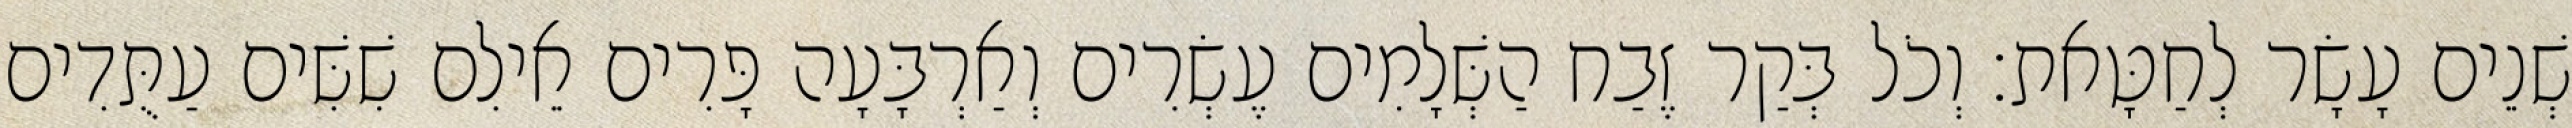
שְׁנֵים עָשָׂר לְחַטָּאת׃ וְכֹל בְּקַר זֶבַח הַשְּׁלָמִים עֶשְׂרִים וְאַרְבָּעָה פָּרִים אֵילִם שִׁשִּׁים עַתֻּדִים